Senior Leaving Certificate Examination (including Day School Certificate (Higher) General paper), 1946
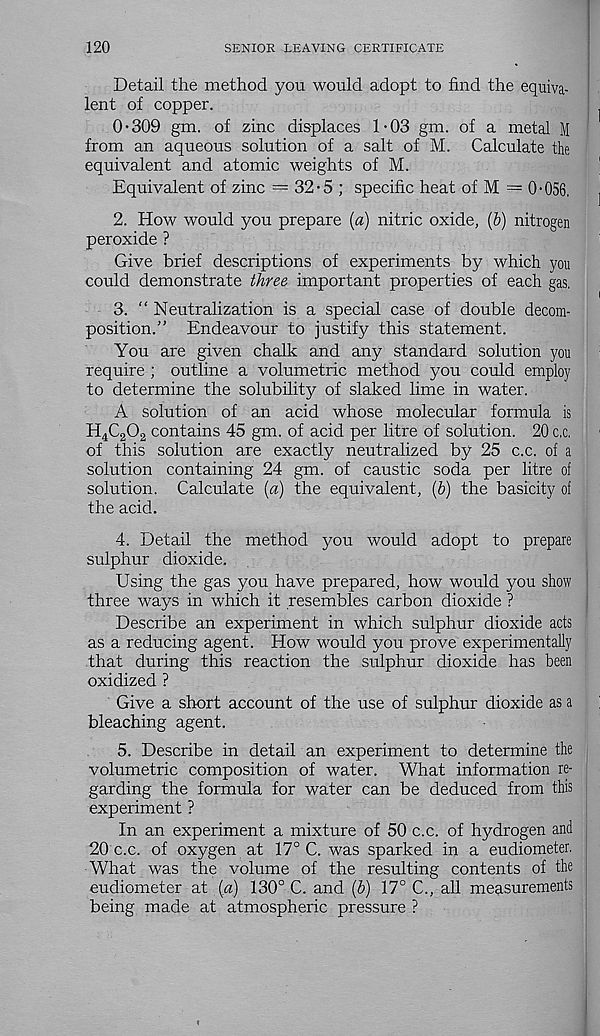
120
SENIOR LEAVING CERTIFICATE
Detail the method you would adopt to find the equiva-
lent of copper.
0*309 gm. of zinc displaces 1-03 gm. of a metal M
from an aqueous solution of a salt of M. Calculate the
equivalent and atomic weights of M.
Equivalent of zinc = 32-5 ; specific heat of M = 0*056,
2. How would you prepare (a) nitric oxide, (b) nitrogen
peroxide ?
Give brief descriptions of experiments by which you
could demonstrate three important properties of each gas.
3. “ Neutralization is a special case of double decom-
position.” Endeavour to justify this statement.
You are given chalk and any standard solution you
require ; outline a volumetric method you could employ
to determine the solubility of slaked lime in water.
A solution of an acid whose molecular formula is
H 4 C 2 0 2 contains 45 gm. of acid per litre of solution. 20 c.c.
of this solution are exactly neutralized by 25 c.c. of a
solution containing 24 gm. of caustic soda per litre of
solution. Calculate (a) the equivalent, (b) the basicity of
the acid.
4. Detail the method you would adopt to prepare
sulphur dioxide.
Using the gas you have prepared, how would you show
three ways in which it resembles carbon dioxide ?
Describe an experiment in which sulphur dioxide ads
as a reducing agent. How would you prove experimentally
that during this reaction the sulphur dioxide has been
oxidized ?
Give a short account of the use of sulphur dioxide as a
bleaching agent.
5. Describe in detail an experiment to determine the
volumetric composition of water. What information re-
garding the formula for water can be deduced from this
experiment ?
In an experiment a mixture of 50 c.c. of hydrogen and
20 c.c. of oxygen at 17° C. was sparked in a eudiometer.
What was the volume of the resulting contents of the
eudiometer at (a) 130° C. and (b) 17° C., all measurements
being made at atmospheric pressure ?